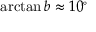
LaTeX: \arctan b \approx 1 0 ^ { \circ }